Senior Leaving Certificate Examination (including Day School Certificate (Higher) General paper), 1949
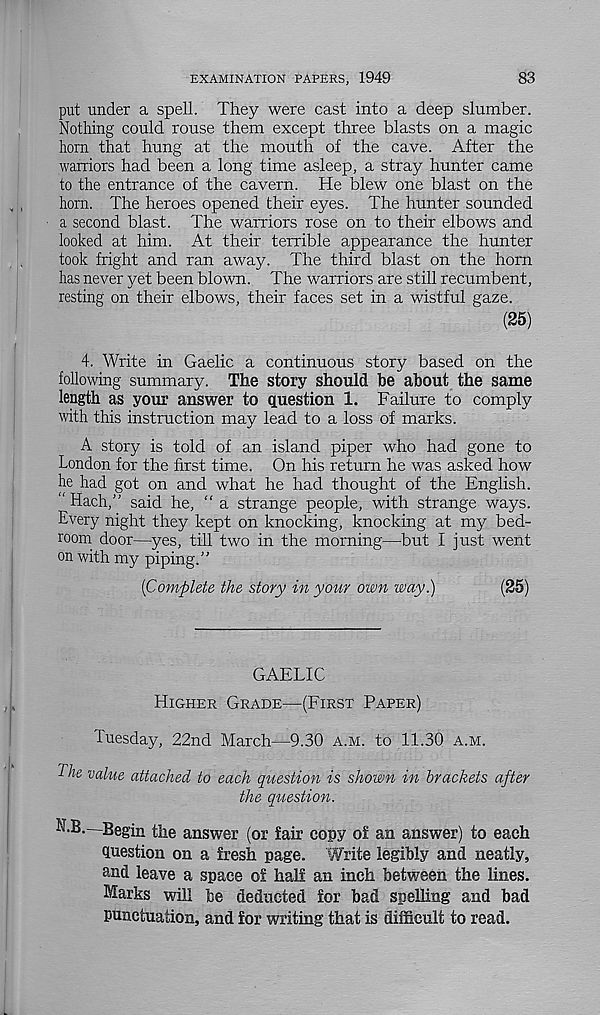
EXAMINATION PAPERS, 1949
83
put under a spell. They were cast into a deep slumber.
Nothing could rouse them except three blasts on a magic
horn that hung at the mouth of the cave. After the
warriors had been a long time asleep, a stray hunter came
to the entrance of the cavern. He blew one blast on the
horn. The heroes opened their eyes. The hunter sounded
a second blast. The warriors rose on to their elbows and
looked at him. At their terrible appearance the hunter
took fright and ran away. The third blast on the horn
has never yet been blown. The warriors are still recumbent,
resting on their elbows, their faces set in a wistful gaze.
(25)
4. Write in Gaelic a continuous story based on the
following summary. The story should be about the same
length as your answer to question 1. Failure to comply
with this instruction may lead to a loss of marks.
A story is told of an island piper who had gone to
London for the first time. On his return he was asked how
he had got on and what he had thought of the English.
“ Hach,” said he, “ a strange people, with strange ways.
Every night they kept on knocking, knocking at my bed-
room door—yes, till two in the morning—but I just went
on with my piping.”
{Complete the story in your own way.)
(25)
GAELIC
Higher Grade—(First Paper)
Tuesday, 22nd March—9.30 a.m. to 11.30 a.m.
The value attached to each question is shown in brackets after
the question.
N.B. Begin the answer (or fair copy of an answer) to each
question on a fresh page. Write legibly and neatly,
and leave a space of half an inch between the lines.
Marks will be deducted for bad spelling and bad
punctuation, and for writing that is difficult to read.